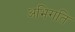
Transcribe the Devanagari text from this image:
अभिगति